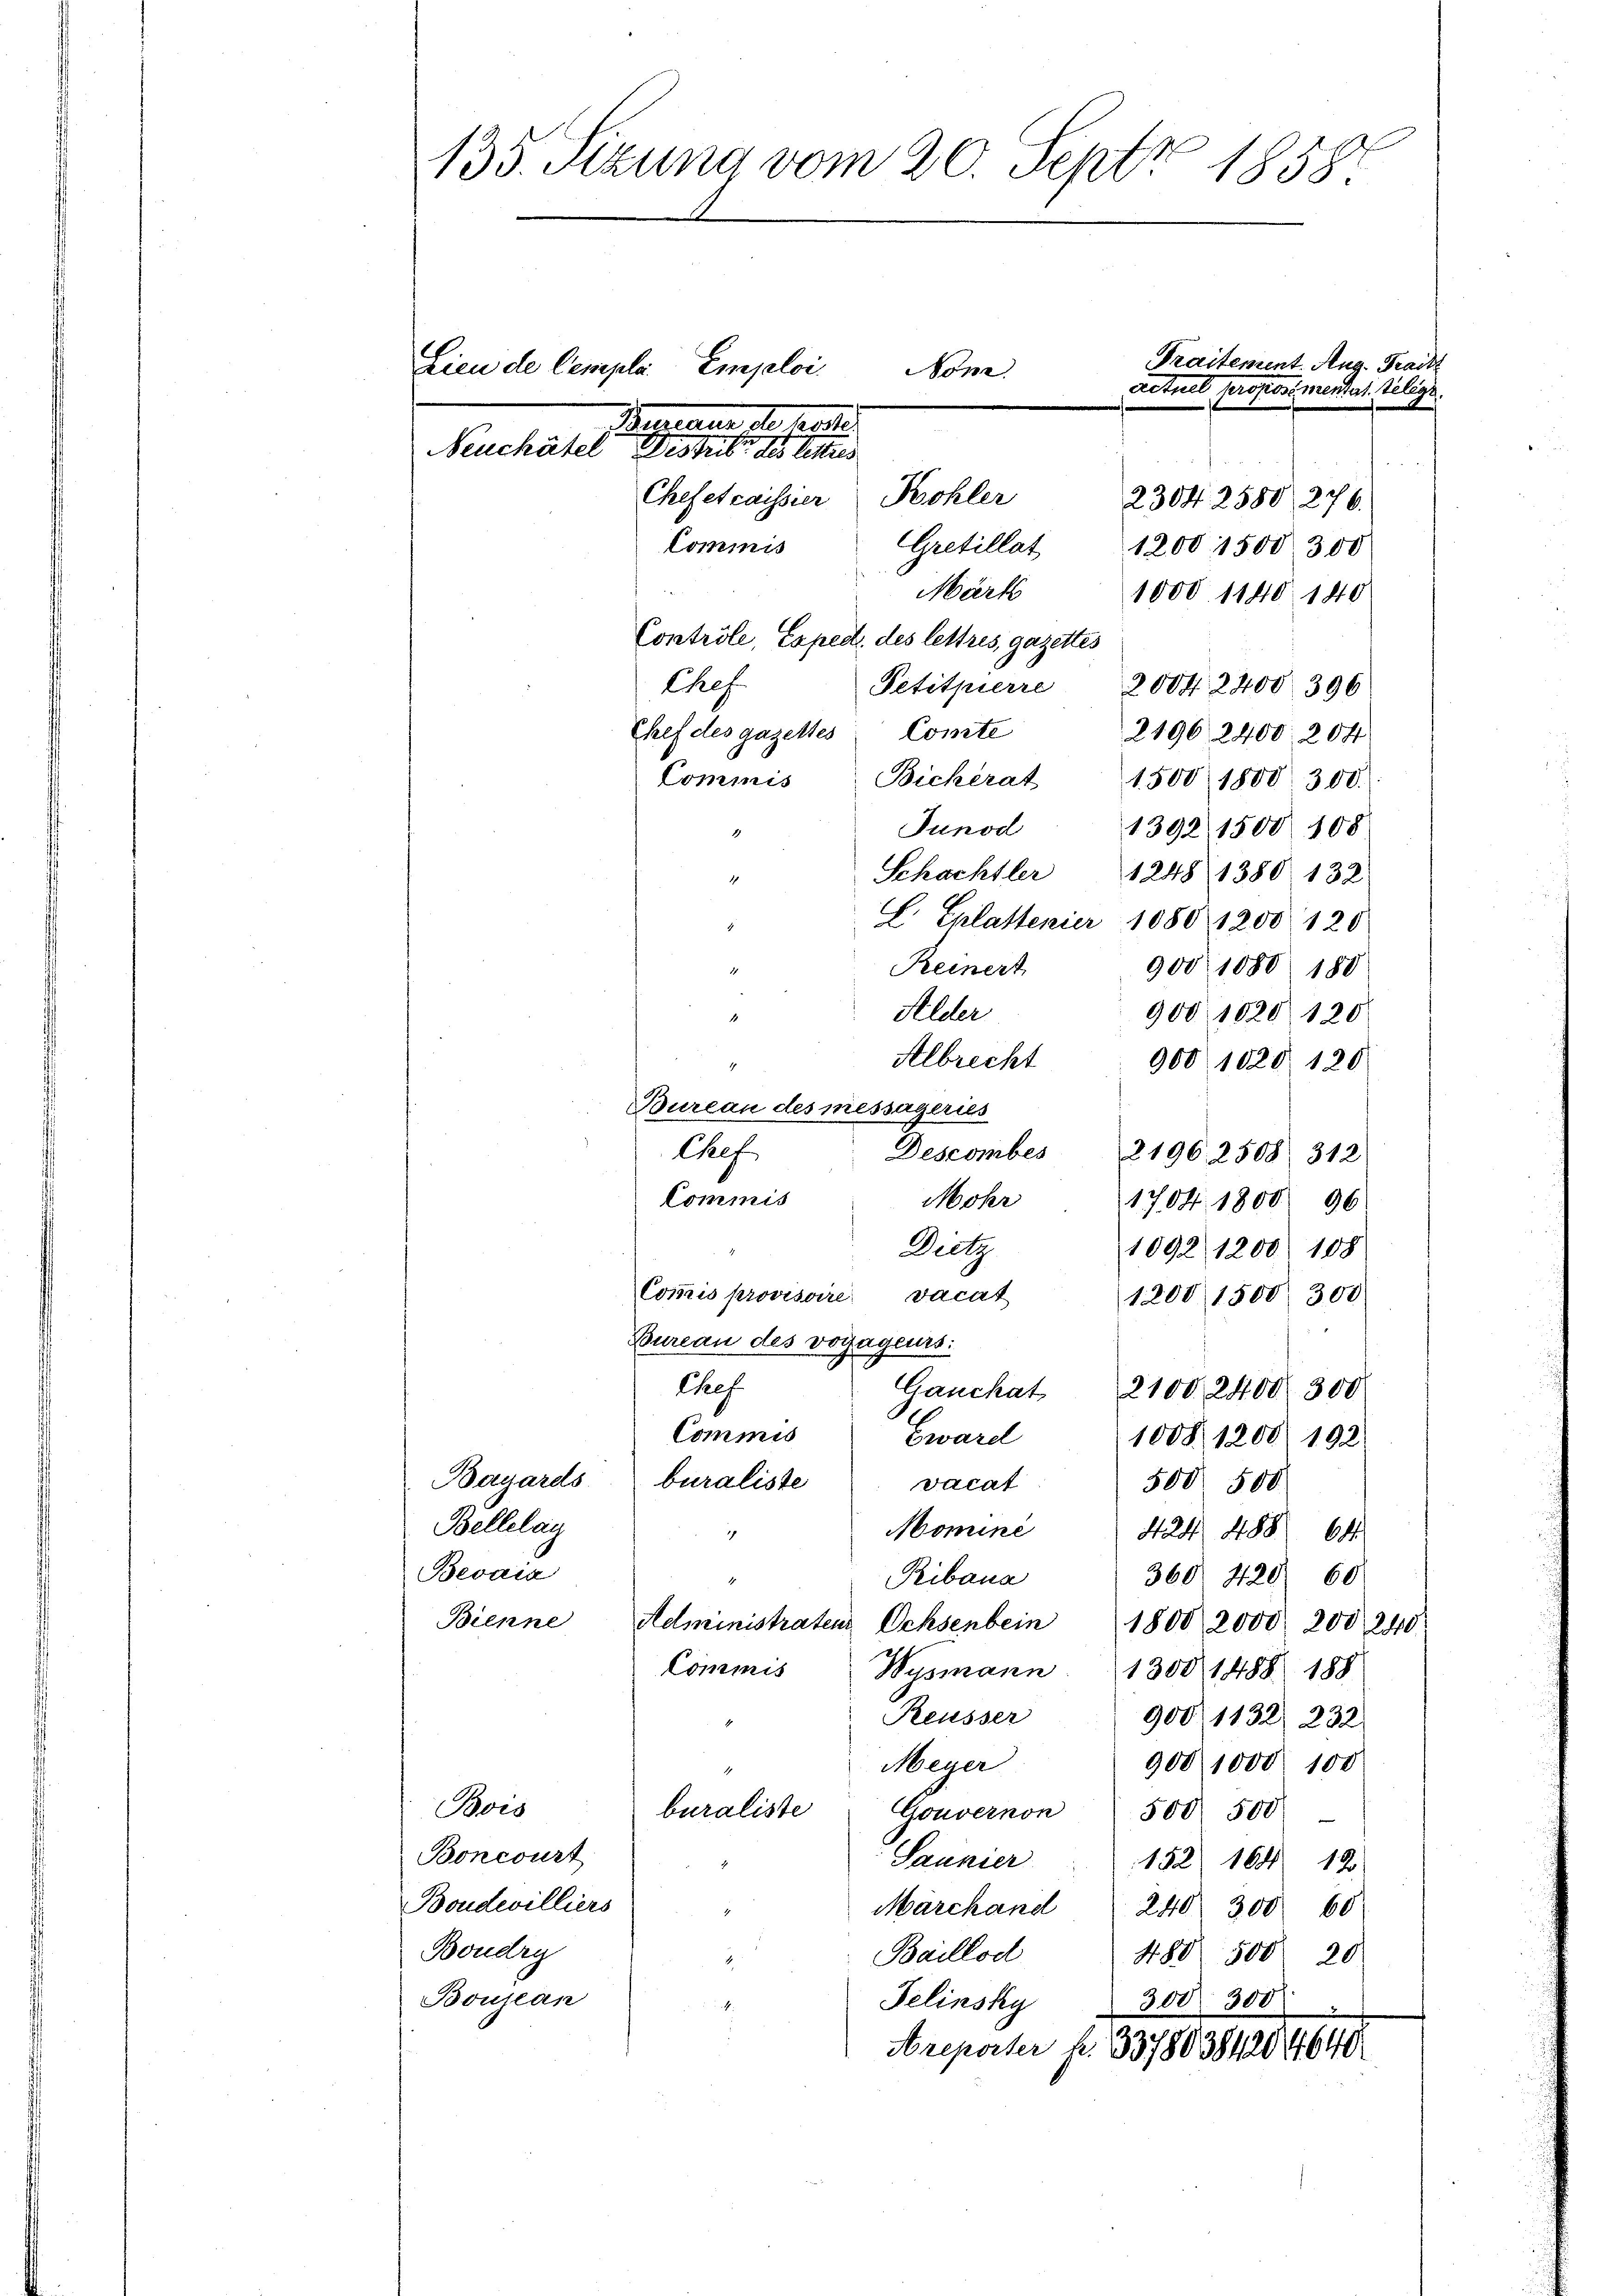
135. Sizung vom 20. Sept. 1858.

Lieu de Cemplar Emploi

Neuchatel
Chefetcaissier
2304. 2580, 276.
Cretillat
Commis
1200 1500 300
Märt
1000. 1140. 140
Controle, Exped. des lettres, gazettes
Chef.
Petitpierre 2004. 2400. 396
Chef des gazettes Comte
2196 2400. 20 ff.
Commis
Bickerat 1500 1800. 300.
Junod 1392. 1500 108
Schächtler 1248 1380. 132
1
L. Ehlattener 1080 1200 120
900 1080. 180
Reinert
.
Alder
900 1020 120
Albrecht
900 1020. 120
2
Bureau des messägeries
Chef.
Descomber 2196. 2508 312
Commis
Mohr
1704. 1800 96
Pretz
1092 1200. 188
Commis provisoire vacat
1200 1500 300
Bureau des voyageurs:
Chef.
Ganckat 2100 2400. 300
Commis
Eward
1008. 1200. 192
Bayards buraliste
vocat
500 500
Bellelau
Momine
1
424 488 64
Bevais
360. 420 60
Ribana
1
Bienne
Administraten Ochsenbein 1800 2000. 200 240
Commis Wysmann 1300 1488 188
Reusser
900. 1132 232
9001000 100
Meyer
2
Bois
buraliste
Gouvernon 500 500
Boncourt
Saunier 152. 164. 12
Boudevilliers
Marchand 240. 300. 60
1
Boudry
Baillod
480 500 20
Boujean
Felinsky
300. 300
Areporter fr. 337803842064

Non
u

Kohler

Praitement. Aug. Trackt
Aetnel proposémenterl. Religs